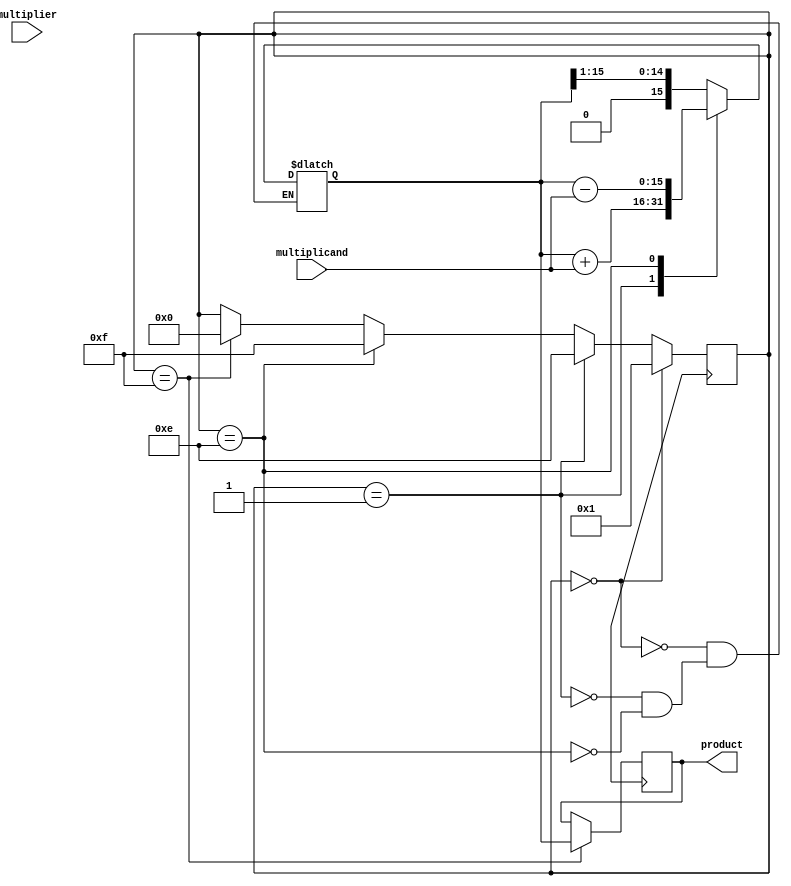
module booth_multiplier (
    input wire [7:0] multiplicand,
    input wire [7:0] multiplier,
    output reg [15:0] product
);

reg [15:0] partial_product;
reg [3:0] control;
reg [7:0] shifted_multiplier;

always @(*) begin
    case (control)
        4'b0000: begin // Shift right by 1
            shifted_multiplier = {1'b0, multiplier[7:1]};
            partial_product = {1'b0, partial_product[15:1]};
        end
        4'b0001: begin // Add multiplicand to partial product
            partial_product = partial_product + multiplicand;
        end
        4'b1110: begin // Subtract multiplicand from partial product
            partial_product = partial_product - multiplicand;
        end
        4'b1111: begin // Do nothing
            partial_product = partial_product;
        end
    endcase
end

always @(posedge clk) begin
    if (control == 4'b0000) begin
        control <= 4'b0001;
    end else if (control == 4'b0001) begin
        control <= 4'b1110;
    end else if (control == 4'b1110) begin
        control <= 4'b1111;
    end else if (control == 4'b1111) begin
        control <= 4'b0000;
    end
end

always @(posedge clk) begin
    if (control == 4'b1111) begin
        product <= partial_product;
    end
end

endmodule